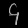
Digit: ၄